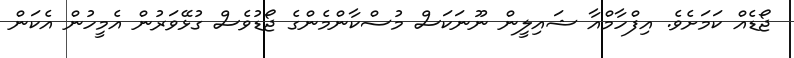
ޖޯޑެއް ކަމަށެވެ. އިފްހާމްއާ ޝައިލީން ނޫނަކަސް މުސްކާންމެންގެ ޖޯޑުވެސް ގުޅޭވަރުން އެމީހުން އެކަން